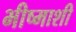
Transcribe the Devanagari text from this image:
भीष्माशी